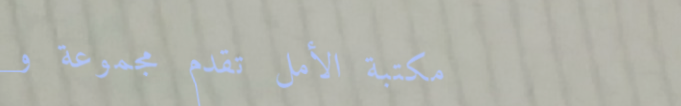
مكتبة الأمل تقدم مجموعة و